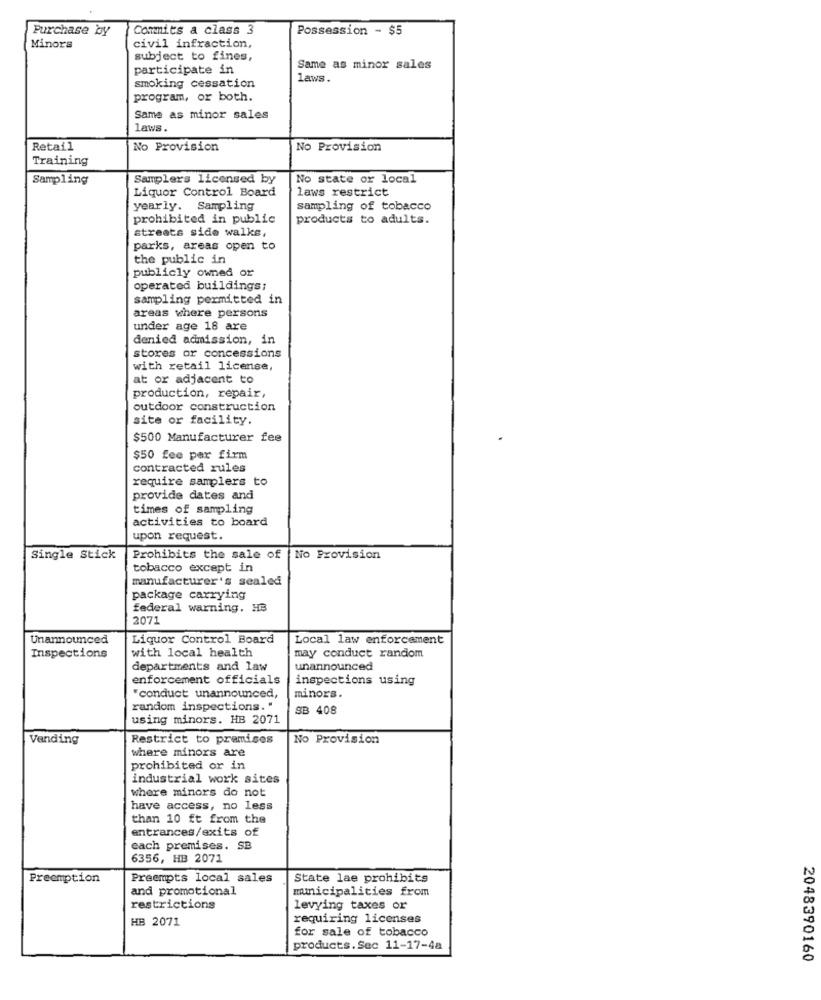
Purchase by
Commits a class 3
Possession - $5
Minors
civil infraction,
subject to fines,
participate in
Same as minor sales
laws.
smoking cessation
program, or both.
Same as minor sales
Laws.
Retail
No Provision
No Provision
Training
Sampling
Samplers licensed by
No state or local
Liquor Control Board
laws restrict
yearly. Sampling
sampling of tobacco
prohibited in public
products to adults.
streets side walks,
parks, areas open to
the public in
publicly owned or
operated buildings;
sampling permitted in
areas where persons
under age 18 are
denied admission, in
stores or concessions
with retail license,
at or adjacent to
production, repair,
outdoor construction
site or facility.
$500 Manufacturer fee
$50 fee per firm
contracted rules
require samplers to
provide dates and
times of sampling
activities to board
upon request.
Single Stick
Prohibits the sale of
No Provision
tobacco except in
manufacturer's sealed
package carrying
federal warning. HB
2071
Unannounced
Liquor Control Board
Local law enforcement
with local health
Inspections
may conduct random
departments and law
unannounced
enforcement officials
inspections using
"conduct unannounced,
minors.
random inspections."
SB 408
using minors. HB 2071
Vending
Restrict to premises
No Provision
where minors are
prohibited or in
industrial work sites
where minors do not
have access, no less
than 10 ft from the
entrances/exits of
each premises. SB
6356, HB 2071
Preemption
Preempts local sales
State lae prohibits
and promotional
municipalities from
restrictions
levying taxes or
HB 2071
requiring licenses
for sale of tobacco
products.Sec 11-17-4a
2048390160